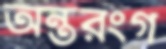
অন্তরংগ